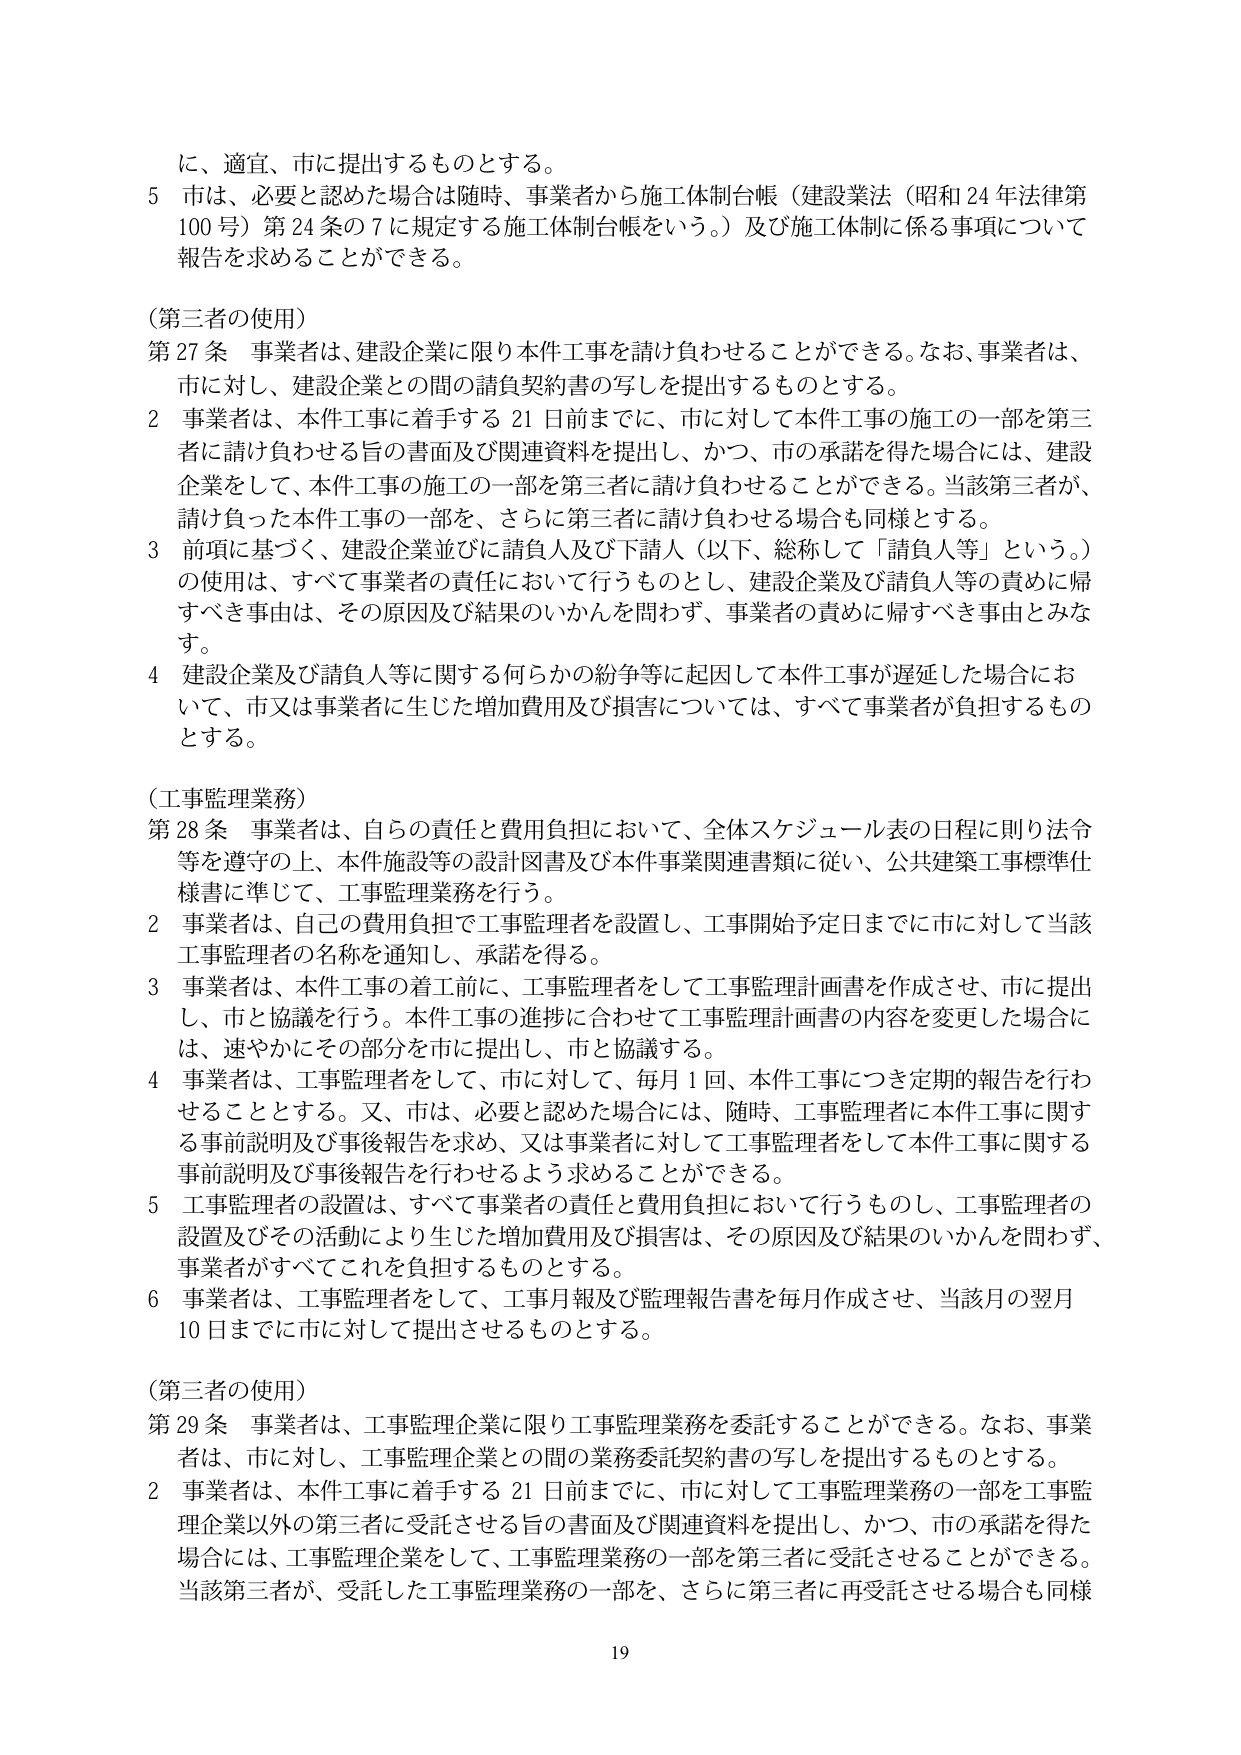
に、適宜、市に提出するものとする。

5 市は、必要と認めた場合は随時、事業者から施工体制台帳（建設業法（昭和24年法律第100号）第24条の7に規定する施工体制台帳をいう。）及び施工体制に係る事項について報告を求めることができる。

（第三者の使用）

第27条 事業者は、建設企業に限り本件工事を請け負わせることができる。なお、事業者は、市に対し、建設企業との間の請負契約書の写しを提出するものとする。

2 事業者は、本件工事に着手する21日前までに、市に対して本件工事の施工の一部を第三者に請け負わせる旨の書面及び関連資料を提出し、かつ、市の承諾を得た場合には、建設企業をして、本件工事の施工の一部を第三者に請け負わせることができる。当該第三者が、請け負った本件工事の一部を、さらに第三者に請け負わせる場合も同様とする。

3 前項に基づく、建設企業並びに請負人及び下請人（以下、総称して「請負人等」という。）の使用は、すべて事業者の責任において行うものとし、建設企業及び請負人等の責めに帰すべき事由は、その原因及び結果のいかんを問わず、事業者の責めに帰すべき事由とみなす。

4 建設企業及び請負人等に関する何らかの紛争等に起因して本件工事が遅延した場合において、市又は事業者に生じた増加費用及び損害については、すべて事業者が負担するものとする。

（工事監理業務）

第28条 事業者は、自らの責任と費用負担において、全体スケジュール表の日程に則り法令等を遵守の上、本件施設等の設計図書及び本件事業関連書類に従い、公共建築工事標準仕様書に準じて、工事監理業務を行う。

2 事業者は、自己の費用負担で工事監理者を設置し、工事開始予定日までに市に対して当該工事監理者の名称を通知し、承諾を得る。

3 事業者は、本件工事の着工前に、工事監理者をして工事監理計画書を作成させ、市に提出し、市と協議を行う。本件工事の進捗に合わせて工事監理計画書の内容を変更した場合には、速やかにその部分を市に提出し、市と協議する。

4 事業者は、工事監理者をして、市に対して、毎月1回、本件工事につき定期的報告を行わせることとする。又、市は、必要と認めた場合には、随時、工事監理者に本件工事に関する事前説明及び事後報告を求め、又は事業者に対して工事監理者をして本件工事に関する事前説明及び事後報告を行わせるよう求めることができる。

5 工事監理者の設置は、すべて事業者の責任と費用負担において行うものとし、工事監理者の設置及びその活動により生じた増加費用及び損害は、その原因及び結果のいかんを問わず、事業者がすべてこれを負担するものとする。

6 事業者は、工事監理者をして、工事月報及び監理報告書を毎月作成させ、当該月の翌月10日までに市に対して提出させるものとする。

（第三者の使用）

第29条 事業者は、工事監理企業に限り工事監理業務を委託することができる。なお、事業者は、市に対し、工事監理企業との間の業務委託契約書の写しを提出するものとする。

2 事業者は、本件工事に着手する21日前までに、市に対して工事監理業務の一部を工事監理企業以外の第三者に受託させる旨の書面及び関連資料を提出し、かつ、市の承諾を得た場合には、工事監理企業をして、工事監理業務の一部を第三者に受託させることができる。当該第三者が、受託した工事監理業務の一部を、さらに第三者に再受託させる場合も同様

19